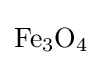
{\mathrm {Fe} {\vphantom {A}}_{\smash[{t}]{3}}\mathrm {O} {\vphantom {A}}_{\smash[{t}]{4}}}